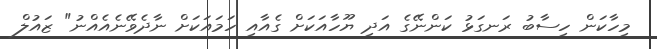
މިހާކަން ހިސާބު ރަނގަޅު ކަންނޭގެ އަދި ޔޫހާއަކަށް ގެއާއި ހަމައަކަށް ނާދެވޭނެއެއްނު" ޒައުލް